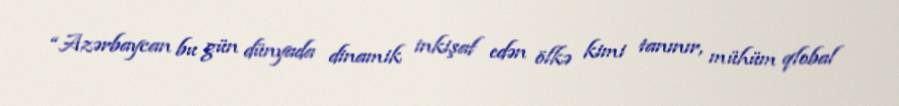
“Azərbaycan bu gün dünyada dinamik inkişaf edən ölkə kimi tanınır, mühüm qlobal